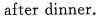
after dinner.